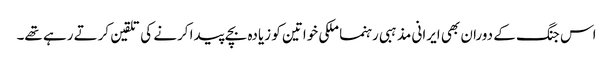
اس جنگ کے دوران بھی ایرانی مذہبی رہنما ملکی خواتین کو زیادہ بچے پیدا کرنے کی تلقین کرتے رہے تھے۔